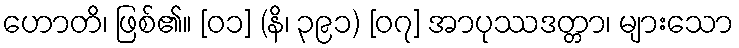
ဟောတိ၊ ဖြစ်၏။ [၀၁] (နိ၊ ၃၉၁) [၀၇] အာပုဿဒတ္တာ၊ များသော